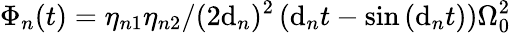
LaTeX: \Phi_{n}(t)={\eta_{n1}\eta_{n2}/(2\mathrm{d}_{n})^{2}\left(\mathrm{d}_{n}t-\sin\left(\mathrm{d}_{n}t\right)\right)\Omega_{0}^{2}}